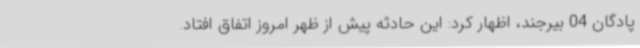
پادگان 04 بیرجند، اظهار کرد: این حادثه پیش از ظهر امروز اتفاق افتاد.